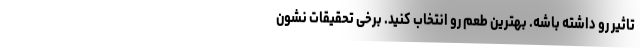
تاثیر رو داشته باشه. بهترین طعم رو انتخاب کنید. برخی تحقیقات نشون